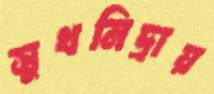
সুখনিদ্রায়